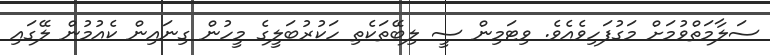
ސަލާމަތްވުމަށް މަގުފަހިވެއެވެ. ވިޓަމިން ސީ ލިބޭތަކެތި ހަކުރުބަލީގެ މީހުން ގިނައިން ކެއުމުން ލޭގައި